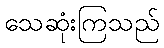
သေဆုံးကြသည်